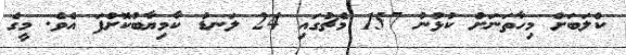
ކްލަބަށް މިހާތަނަށް ކުޅުނު 157 މެޗުގައި 24 ލަނޑު ކާމިޔާބުކޮށްފަ އެވެ. މީގެ